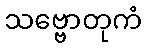
သဗ္ဗောတုကံ